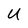
Character: U